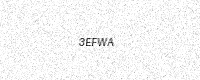
Text: 3EFWA